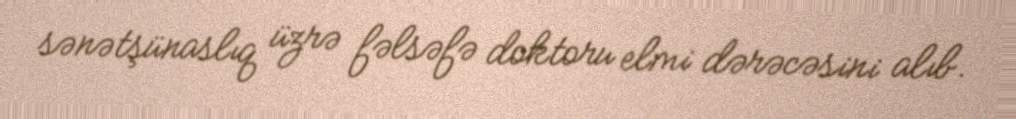
sənətşünaslıq üzrə fəlsəfə doktoru elmi dərəcəsini alıb.